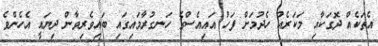
އެތަކެއް ދޮގަކާއި މަކަރެއް ހެދުމަށް ފަހު އައިއެސްގެ ހަނގުރާމައިގައި ބައިވެރިވާން ދިޔައީ އެހެންވެ